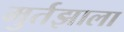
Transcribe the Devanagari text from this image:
मुर्तझाला